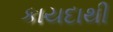
કાયદાથી